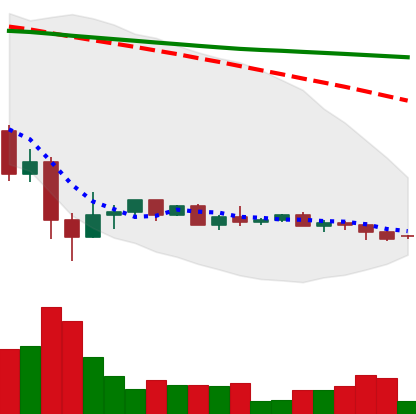
Ticker: XRP-USD
Chart end date: 2022-05-28
Forward return: 4.913%
Label: up_3_5